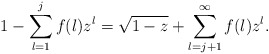
\begin{align*}1-\sum_{l=1}^{j}f(l) z^l=\sqrt{1-z}+\sum_{l=j+1}^\infty f(l) z^l.\end{align*}